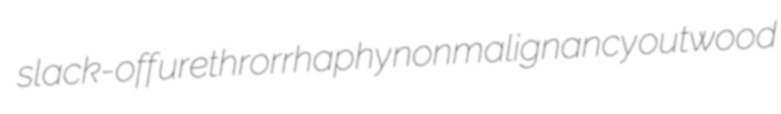
slack-off urethrorrhaphy nonmalignancy outwood